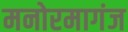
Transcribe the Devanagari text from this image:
मनोरमागंज